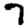
Digit: 7